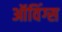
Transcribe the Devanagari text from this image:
ऑविंग्स